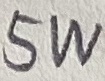
Text: 5W